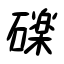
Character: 礫